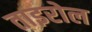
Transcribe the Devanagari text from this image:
ताइरोल